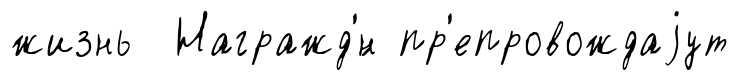
жизнь Награжд'́н пр'епровождаjут